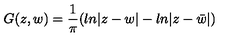
G ( z , w ) = { \frac { 1 } { \pi } } ( l n | z - w | - l n | z - \bar { w } | )